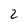
Character: 2